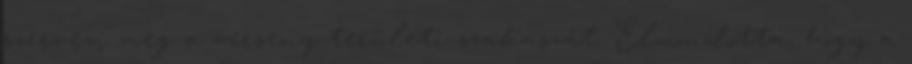
szervezi meg a verseny területi szakaszát. Elmondotta, hogy a